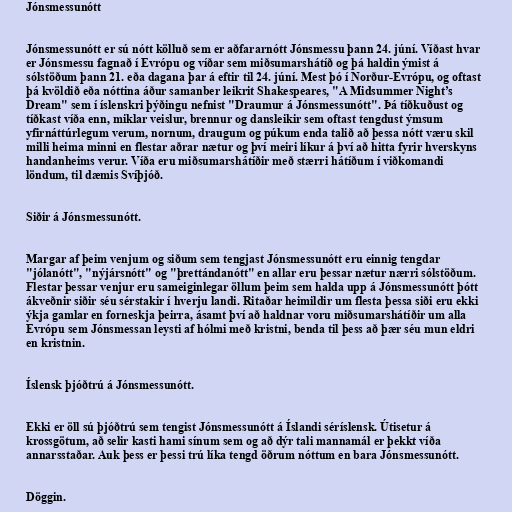
Jónsmessunótt

Jónsmessunótt er sú nótt kölluð sem er aðfararnótt Jónsmessu þann 24. júní. Víðast hvar
er Jónsmessu fagnað í Evrópu og víðar sem miðsumarshátíð og þá haldin ýmist á
sólstöðum þann 21. eða dagana þar á eftir til 24. júní. Mest þó í Norður-Evrópu, og oftast
þá kvöldið eða nóttina áður samanber leikrit Shakespeares, "A Midsummer Night’s
Dream" sem í íslenskri þýðingu nefnist "Draumur á Jónsmessunótt". Þá tíðkuðust og
tíðkast víða enn, miklar veislur, brennur og dansleikir sem oftast tengdust ýmsum
yfirnáttúrlegum verum, nornum, draugum og púkum enda talið að þessa nótt væru skil
milli heima minni en flestar aðrar nætur og því meiri líkur á því að hitta fyrir hverskyns
handanheims verur. Víða eru miðsumarshátíðir með stærri hátíðum í viðkomandi
löndum, til dæmis Svíþjóð.

Siðir á Jónsmessunótt.

Margar af þeim venjum og siðum sem tengjast Jónsmessunótt eru einnig tengdar
"jólanótt", "nýjársnótt" og "þrettándanótt" en allar eru þessar nætur nærri sólstöðum.
Flestar þessar venjur eru sameiginlegar öllum þeim sem halda upp á Jónsmessunótt þótt
ákveðnir siðir séu sérstakir í hverju landi. Ritaðar heimildir um flesta þessa siði eru ekki
ýkja gamlar en forneskja þeirra, ásamt því að haldnar voru miðsumarshátíðir um alla
Evrópu sem Jónsmessan leysti af hólmi með kristni, benda til þess að þær séu mun eldri
en kristnin.

Íslensk þjóðtrú á Jónsmessunótt.

Ekki er öll sú þjóðtrú sem tengist Jónsmessunótt á Íslandi séríslensk. Útisetur á
krossgötum, að selir kasti hami sínum sem og að dýr tali mannamál er þekkt víða
annarsstaðar. Auk þess er þessi trú líka tengd öðrum nóttum en bara Jónsmessunótt.

Döggin.